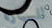
للسيارة